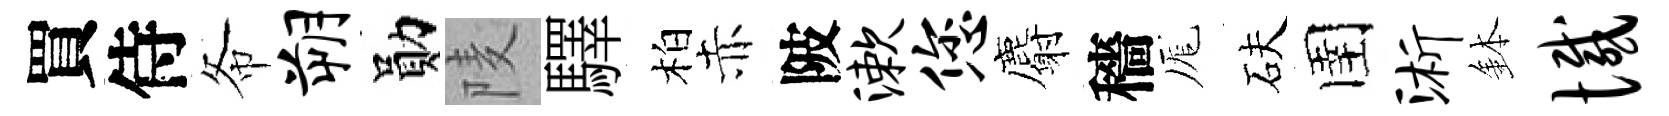
買侍𢁙朔勛𨹧驛柏赤陂漱您麝穡厖砆圉浙鉢憾